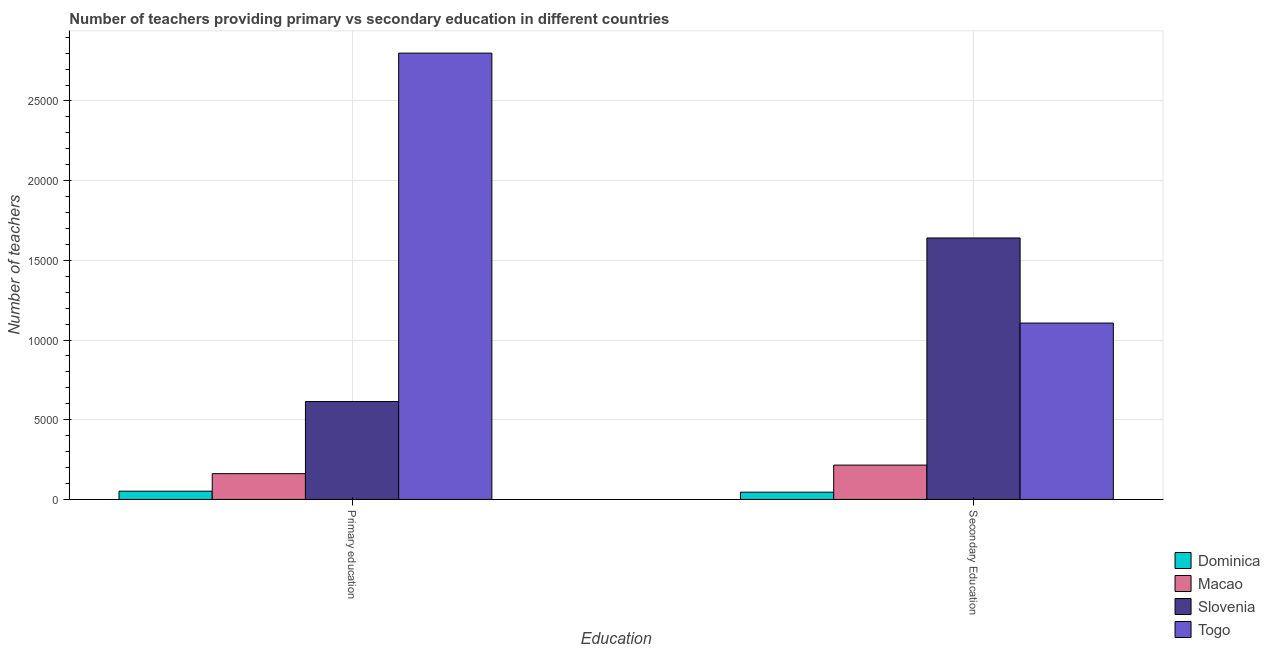
| Education | Dominica | Macao | Slovenia | Togo |
 | --- | --- | --- | --- | --- |
 | Primary education | 517 | 1.62e+03 | 6.14e+03 | 2.8e+04 |
 | Secondary Education | 455 | 2.15e+03 | 1.64e+04 | 1.11e+04 |